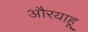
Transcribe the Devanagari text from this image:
औरयाहू